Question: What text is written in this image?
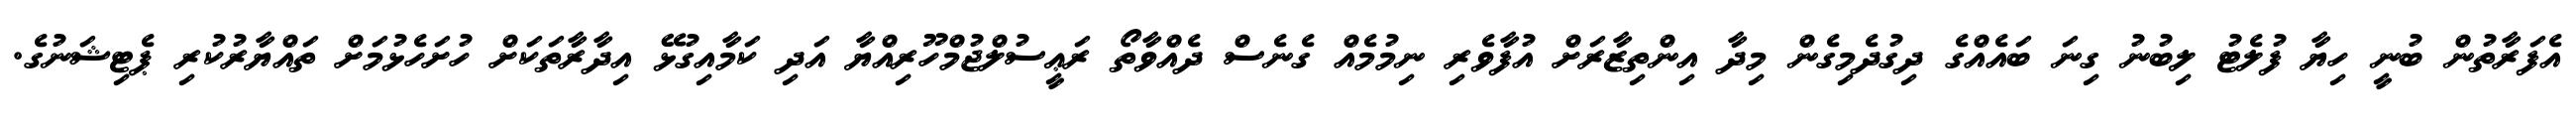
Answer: އެފަރާތުން ބުނީ ހިޔާ ފުލެޓު ލިބުނު ގިނަ ބައެއްގެ ދިގުދެމިގެން މިދާ އިންތިޒާރަށް އުފާވެރި ނިމުމެއް ގެނެސް ދެއްވާތޯ ރަޢީސުލްޖުމްހޫރިއްޔާ އަދި ކަމާއިގުޅޭ އިދާރާތަކަށް ހުށަހެޅުމަށް ތައްޔާރުކުރި ޕެޓިޝަނުގެ.